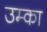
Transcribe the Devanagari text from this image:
उम्का